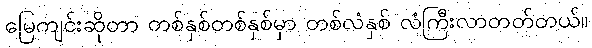
မြေကျင်းဆိုတာ တစ်နှစ်တစ်နှစ်မှာ တစ်လံနှစ် လံကြီးလာတတ်တယ်။